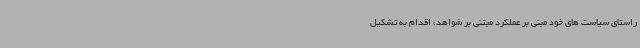
راستای سیاست های خود مبنی بر عملکرد مبتنی بر شواهد، اقدام به تشکیل